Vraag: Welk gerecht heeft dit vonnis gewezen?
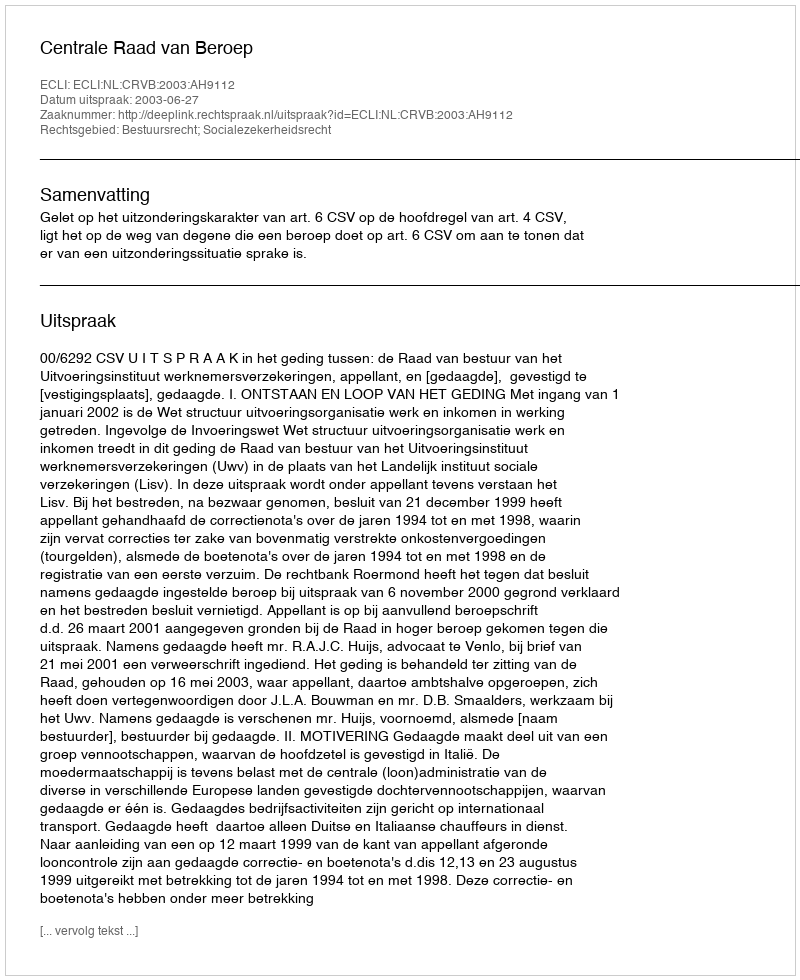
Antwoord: Centrale Raad van Beroep